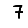
Digit: 7